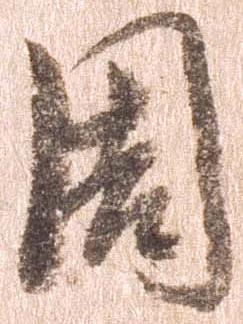
周